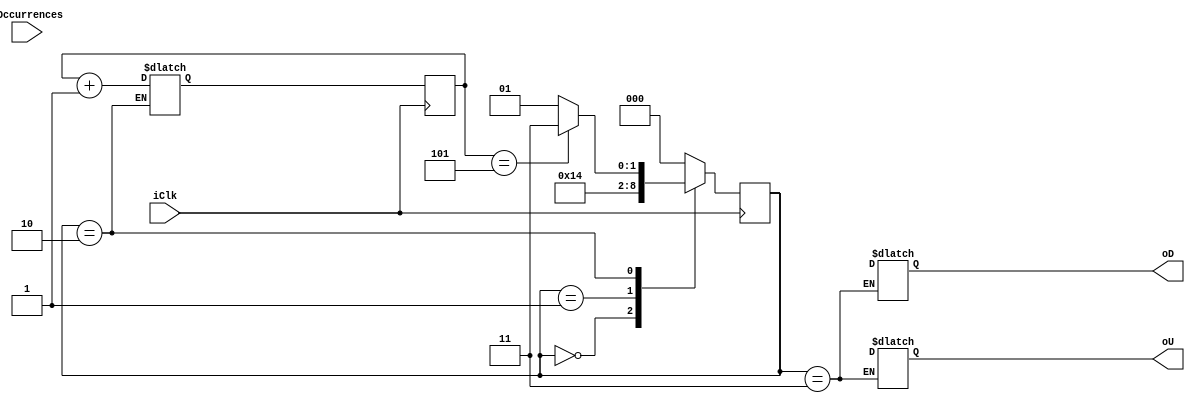
module BitShift (
	input iClk,
	input [7:0]iOccurrences,
	output [3:0]oU,
	output [3:0]oD
);

reg [7:0]rRepeat_D;
reg [7:0]rRepeat_Q;

reg [2:0]rState_D;
reg [2:0]rState_Q;

reg [2:0]rShiftCounter_D;
reg [2:0]rShiftCounter_Q;

reg [7:0] rResult_D;
reg [7:0] rResult_Q;


always @ (posedge iClk)
begin
	rRepeat_D <= rRepeat_Q;
	rState_Q <= rState_D;
	rShiftCounter_Q <= rShiftCounter_D;
	rResult_Q <= rResult_D;
end

always @ *
begin

case(rState_Q)

2'd0: //estado inicial asignar datos
begin
	begin
	rRepeat_D = iOccurrences;
	end
	rState_D = 2'd1;
end
2'd1: //estado sumar
begin
	if(rRepeat_Q[7:4] > 4)
	begin
		rRepeat_D = rRepeat_Q[7:4] + 14'd3; 
	end
	else 	if(rRepeat_Q[3:0] > 4)
	begin
		rRepeat_D = rRepeat_Q[3:0] + 14'd3;
	end
		rState_D = 2'd2;
end
	
2'd2: //estado shift
	begin
		if(rShiftCounter_Q == 3'd5)
		begin
			rShiftCounter_D = 3'd0;
			rState_D = 2'd3;
		end
		else
		begin
			rRepeat_D = {rRepeat_Q << 3};
			rState_D = 2'd1;
		end
	rShiftCounter_D = rShiftCounter_Q + 3'd1;
	end

2'd3: //estado terminado
	begin
		rResult_D[7:4] = rRepeat_Q[7:4];
		rResult_D[3:0] = rRepeat_Q[3:0];
		rState_D = 2'd0;
	end
	
default:
	begin
		rState_D = 2'd0;
	end
endcase
end

assign oD[3:0] = rResult_D[7:4];
assign oU[3:0] = rResult_D[3:0];

endmodule